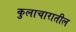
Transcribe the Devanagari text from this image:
कुलाचारातील